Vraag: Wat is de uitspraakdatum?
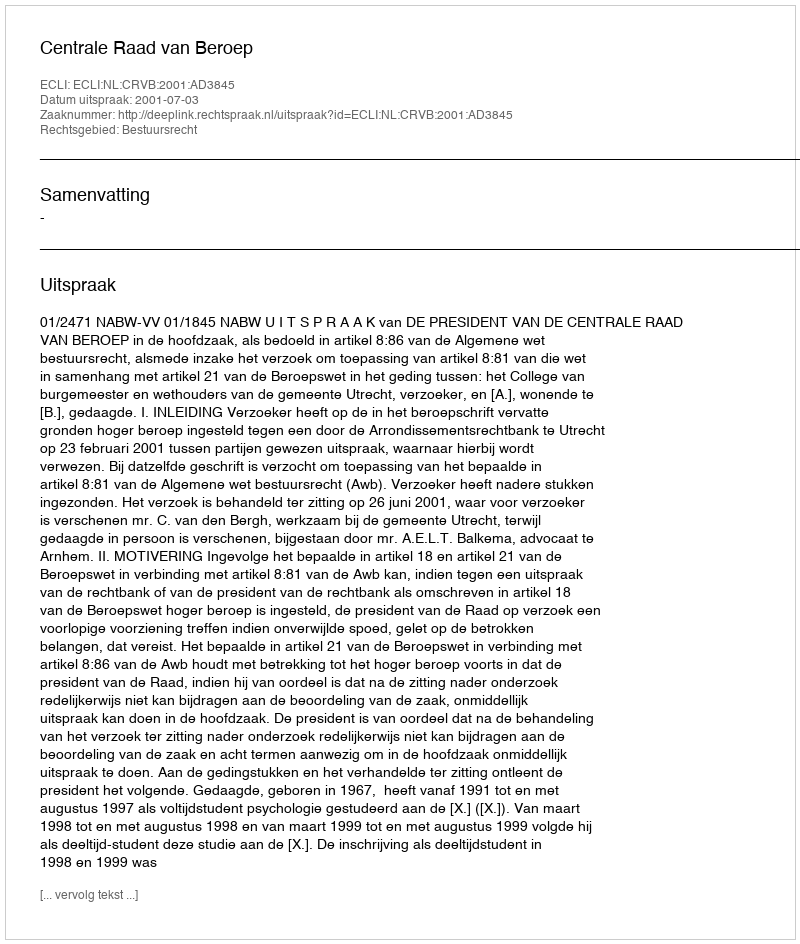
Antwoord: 2001-07-03